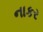
નાકર